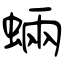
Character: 蜽